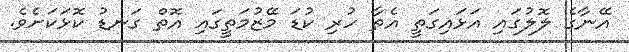
އޭނާގެެ ލޮލުގައި އަޅައިގަތީ އެތާ ހުރި ކުޑަ މޭޒުމަތީގައި އޮތް ގަނޑު ކޮޅަކަށެވެ.